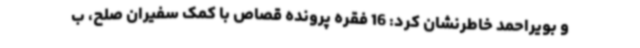
و بویراحمد خاطرنشان کرد: 16 فقره پرونده قصاص با کمک سفیران صلح، ب